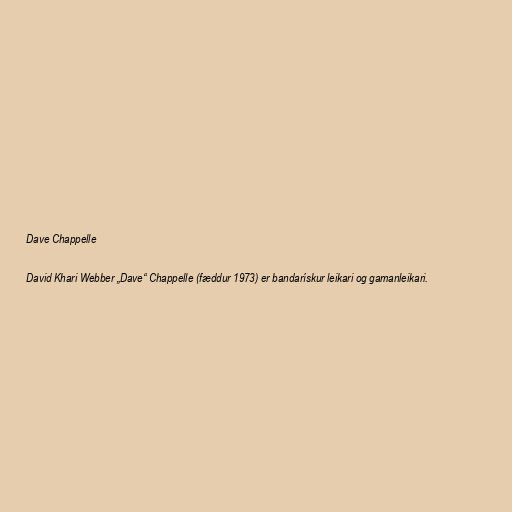
Dave Chappelle

David Khari Webber „Dave“ Chappelle (fæddur 1973) er bandarískur leikari og gamanleikari.